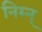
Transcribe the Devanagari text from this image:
निम्न्